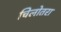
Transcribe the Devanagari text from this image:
चिलोतरा